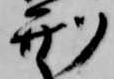
刑